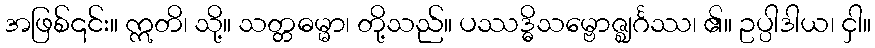
အဖြစ်၎င်း။ ဣတိ၊ သို့။ သတ္တဓမ္မာ၊ တို့သည်။ ပဿဒ္ဓိသမ္ဗောဇ္ဈင်္ဂဿ၊ ၏။ ဥပ္ပါဒါယ၊ ငှါ။